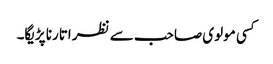
کسی مولوی صاحب سے نظر اتارنا پڑیگا۔